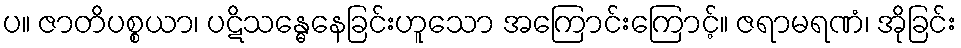
ပ။ ဇာတိပစ္စယာ၊ ပဋိသန္ဓေနေခြင်းဟူသော အကြောင်းကြောင့်။ ဇရာမရဏံ၊ အိုခြင်း